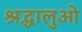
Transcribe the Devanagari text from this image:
श्रद्धालुओ